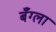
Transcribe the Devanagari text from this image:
बँग्ला